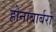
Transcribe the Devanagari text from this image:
होनाबार्बरा